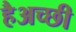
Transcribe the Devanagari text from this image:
हैअच्छी